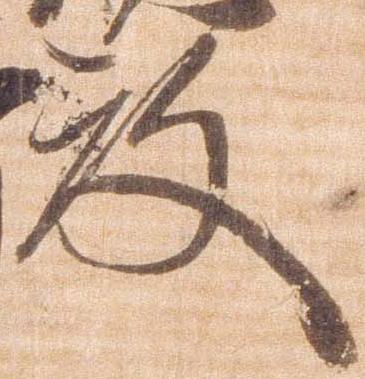
殿